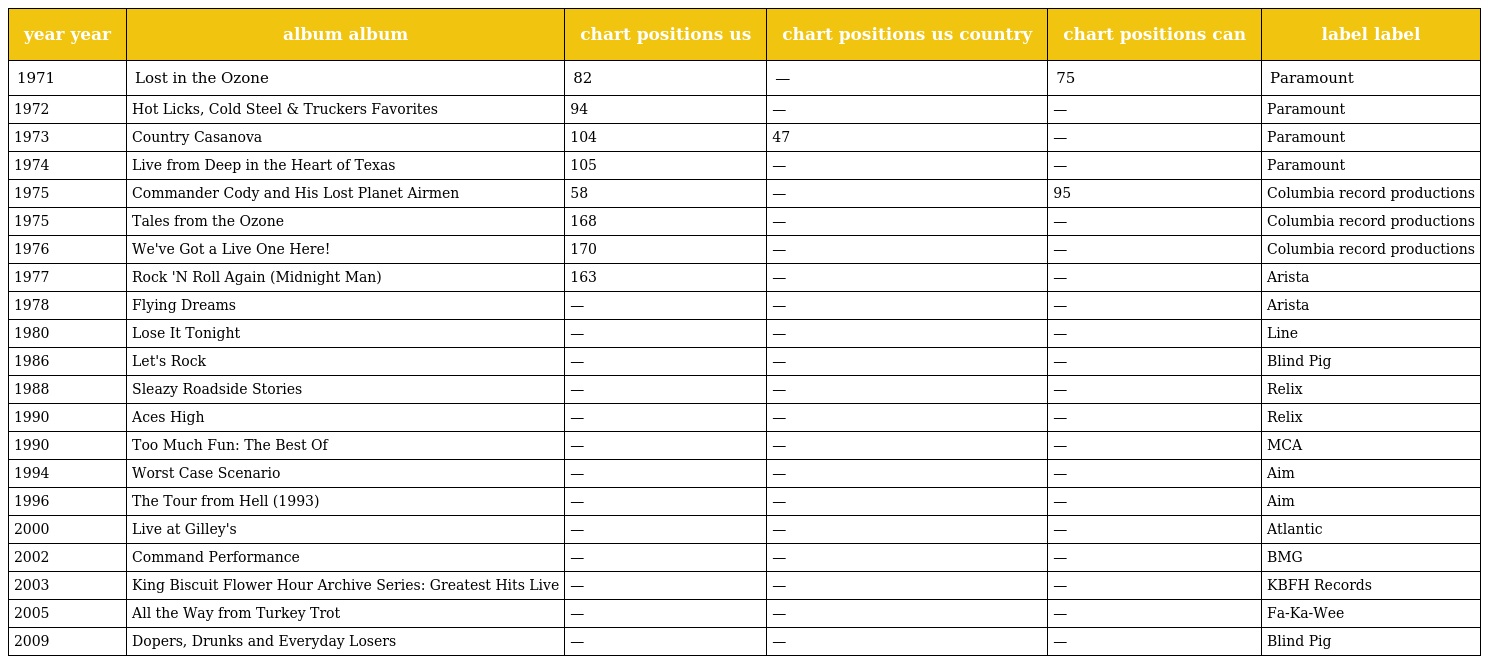
| year year | album album | chart positions us | chart positions us country | chart positions can | label label |
 | --- | --- | --- | --- | --- | --- |
 | 1971 | Lost in the Ozone | 82 | — | 75 | Paramount |
 | 1972 | Hot Licks, Cold Steel & Truckers Favorites | 94 | — | — | Paramount |
 | 1973 | Country Casanova | 104 | 47 | — | Paramount |
 | 1974 | Live from Deep in the Heart of Texas | 105 | — | — | Paramount |
 | 1975 | Commander Cody and His Lost Planet Airmen | 58 | — | 95 | Columbia record productions |
 | 1975 | Tales from the Ozone | 168 | — | — | Columbia record productions |
 | 1976 | We've Got a Live One Here! | 170 | — | — | Columbia record productions |
 | 1977 | Rock 'N Roll Again (Midnight Man) | 163 | — | — | Arista |
 | 1978 | Flying Dreams | — | — | — | Arista |
 | 1980 | Lose It Tonight | — | — | — | Line |
 | 1986 | Let's Rock | — | — | — | Blind Pig |
 | 1988 | Sleazy Roadside Stories | — | — | — | Relix |
 | 1990 | Aces High | — | — | — | Relix |
 | 1990 | Too Much Fun: The Best Of | — | — | — | MCA |
 | 1994 | Worst Case Scenario | — | — | — | Aim |
 | 1996 | The Tour from Hell (1993) | — | — | — | Aim |
 | 2000 | Live at Gilley's | — | — | — | Atlantic |
 | 2002 | Command Performance | — | — | — | BMG |
 | 2003 | King Biscuit Flower Hour Archive Series: Greatest Hits Live | — | — | — | KBFH Records |
 | 2005 | All the Way from Turkey Trot | — | — | — | Fa-Ka-Wee |
 | 2009 | Dopers, Drunks and Everyday Losers | — | — | — | Blind Pig |